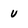
Character: u